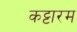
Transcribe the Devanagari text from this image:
कट्टारम